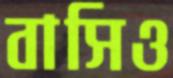
বাসিও